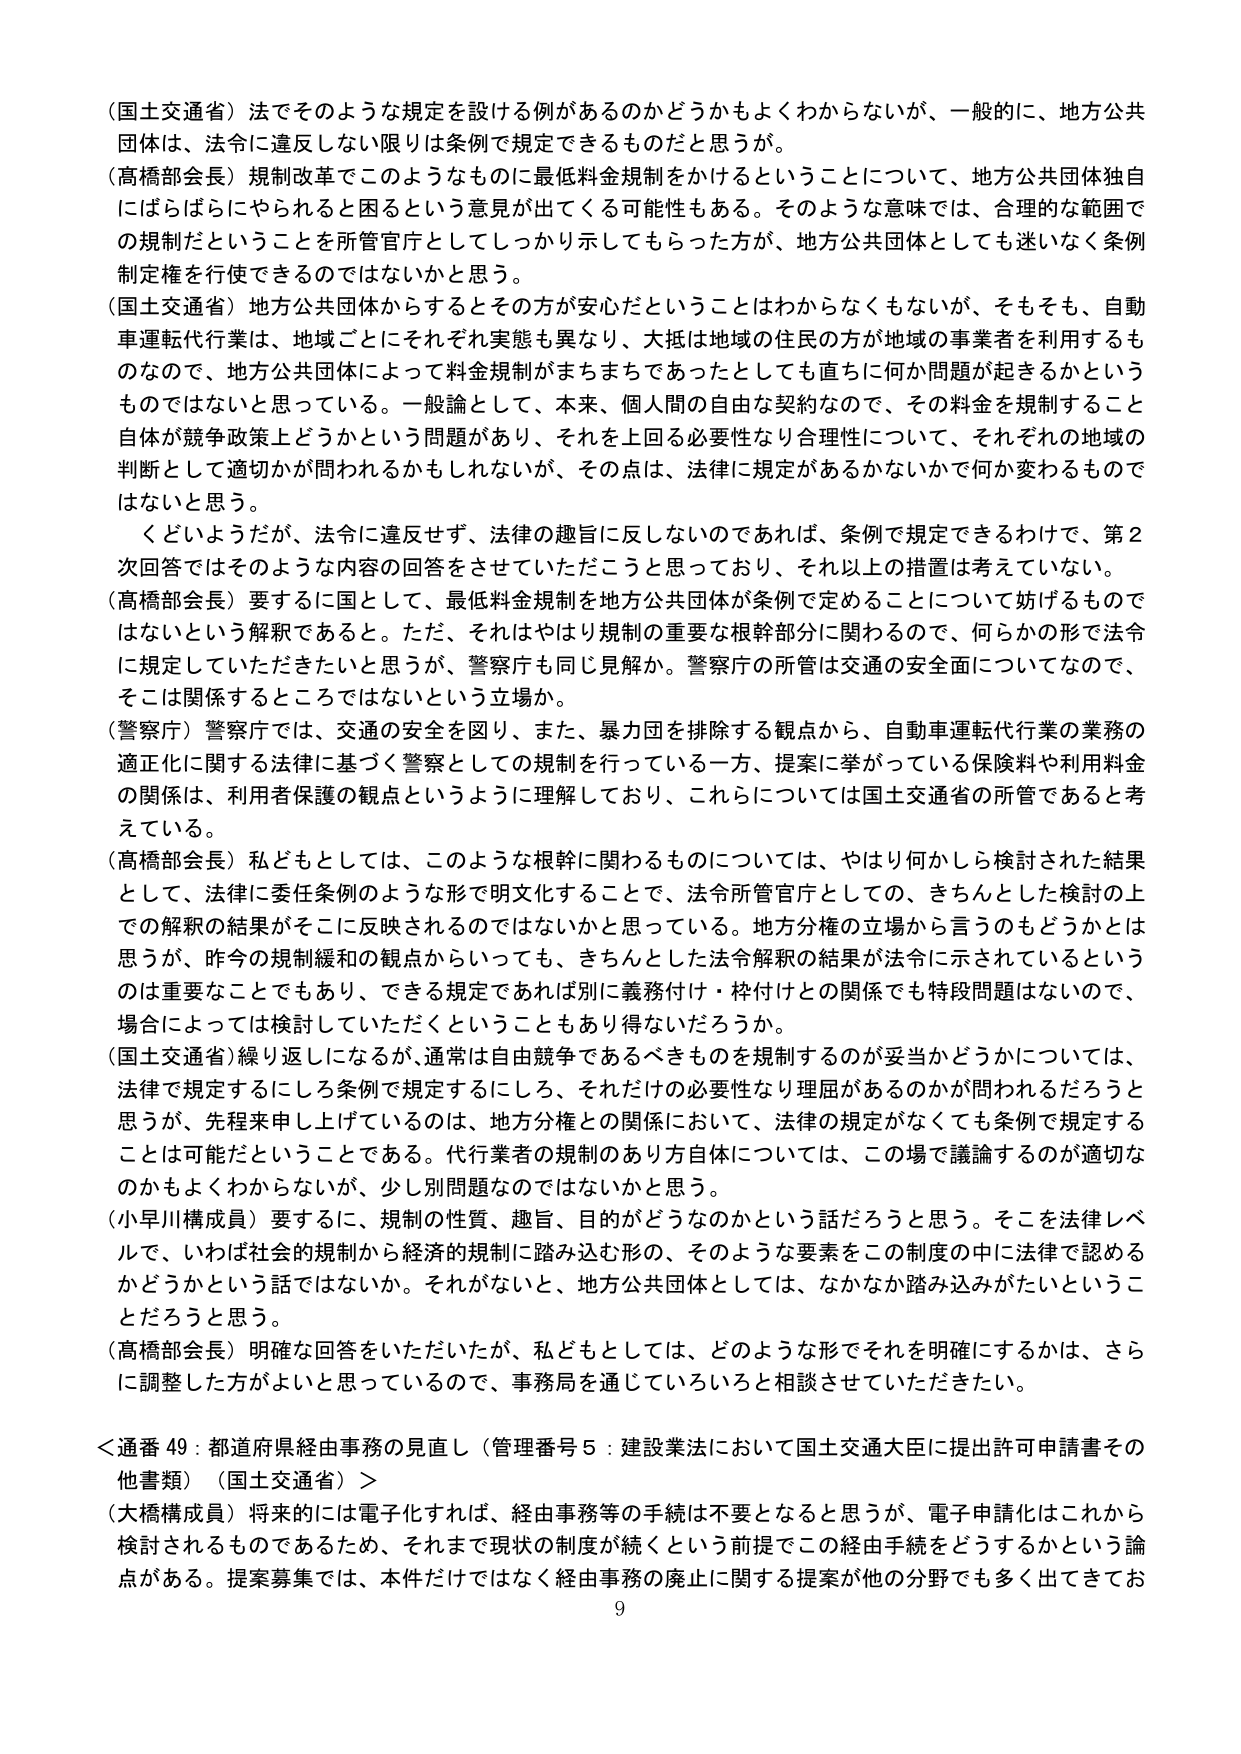
（国土交通省）法でそのような規定を設ける例があるのかどうかもよくわからないが、一般的に、地方公共団体は、法令に違反しない限りは条例で規定できるものだと思うが。

（高橋部会長）規制改革でこのようなものに最低料金規制をかけるということについて、地方公共団体独自にばらばらにやられると困るという意見が出てくる可能性もある。そのような意味では、合理的な範囲での規制だということを所管官庁としてしっかり示してもらった方が、地方公共団体としても迷わなく条例制定権を行使できるのではないかと思う。

（国土交通省）地方公共団体からするとその方が安心だということはわからなくもないが、そもそも、自動車運転代行業は、地域ごとにそれぞれ実態も異なり、大抵は地域の住民の方が地域の事業者を利用するものなので、地方公共団体によって料金規制がまちまちであったとしても直ちに何か問題が起きるかというものはではないと思っている。一般論として、本来、個人間の自由な契約なので、その料金を規制すること自体が競争政策上どうかという問題があり、それを上回る必要性なり合理性について、それぞれの地域の判断として適切かが問われるかもしれないが、その点は、法律に規定があるかないかで何か変わるものではないと思う。

　くどいようだが、法令に違反せず、法律の趣旨に反しないのであれば、条例で規定できるわけで、第2次回答ではそのような内容の回答をさせていただこうと思っており、それ以上の措置は考えていない。

（高橋部会長）要するに国として、最低料金規制を地方公共団体が条例で定めることについて妨げるものではないという解釈であると。ただ、それはやはり規制の重要な根幹部分に関わるので、何らかの形で法令に規定していただきたいと思うが、警察庁も同じ見解か。警察庁の所管は交通の安全面についてなので、そこは関係するところではないという立場か。

（警察庁）警察庁では、交通の安全を図り、また、暴力団を排除する観点から、自動車運転代行業の業務の適正化に関する法律に基づく警察としての規制を行っている一方、提案に挙がっている保険料や利用料金の関係は、利用者保護の観点というように理解しており、これらについては国土交通省の所管であると考えている。

（高橋部会長）私どもとしては、このような根幹に関わるものについては、やはり何かしら検討された結果として、法律に委任条例のような形で明文化することで、法令所管官庁としての、きちんとした検討の上での解釈の結果がそこに反映されるのではないかと思っている。地方分権の立場から言うのもどうかとは思うが、昨今の規制緩和の観点からいっても、きちんとした法令解釈の結果が法令に示されているというのは重要なことでもあり、できる規定であれば別に義務付け・枠付けとの関係でも特段問題はないので、場合によっては検討していただくということもあり得ないだろうか。

（国土交通省）繰り返しになるが、通常は自由競争であるべきものを規制するのが妥当かどうかについては、法律で規定するにしろ条例で規定するにしろ、それだけの必要性なり理由があるのかが問われるだろうと思うが、先程来申し上げているのは、地方分権との関係において、法律の規定がなくても条例で規定することは可能だということである。代行業者の規制のあり方自体については、この場で議論するのが適切なのかもよくわからないが、少し別問題なのではないかと思う。

（小早川構成員）要するに、規制の性質、趣旨、目的がどうなのかという話だろうと思う。そこを法律レベルで、いわば社会的規制から経済的規制に踏み込む形の、そのような要素をこの制度の中に法律で認めるかどうかという話ではないか。それがないと、地方公共団体としては、なかなか踏み込みがたいということだろうと思う。

（高橋部会長）明確な回答をいただいたが、私どもとしては、どのような形でそれを明確にするかは、さらに調整した方がよいと思っているので、事務局を通じていろいろと相談させていただきたい。

＜通番 49：都道府県経由事務の見直し（管理番号5：建設業法において国土交通大臣に提出許可申請書その他書類）（国土交通省）＞

（大橋構成員）将来的には電子化すれば、経由事務等の手続は不要となると思うが、電子申請化はこれから検討されるものであるため、それまで現状の制度が続くという前提でこの経由手続をどうするかという論点がある。提案募集では、本件だけではなく経由事務の廃止に関する提案が他の分野でも多く出てきてお

9